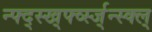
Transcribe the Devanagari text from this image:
न्फ्द्स्ख्र्फ्व्स्ज्न्स्क्ल्